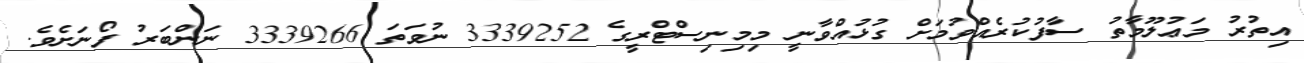
އިތުރު މަޢުލޫމާތު ސާފުކުރެއްވުމަށް ގުޅުއްވާނީ މިމިނިސްޓްރީގެ 3339252 ނުވަތަ 3339266 ނަންބަރު ފޯނަށެވެ.